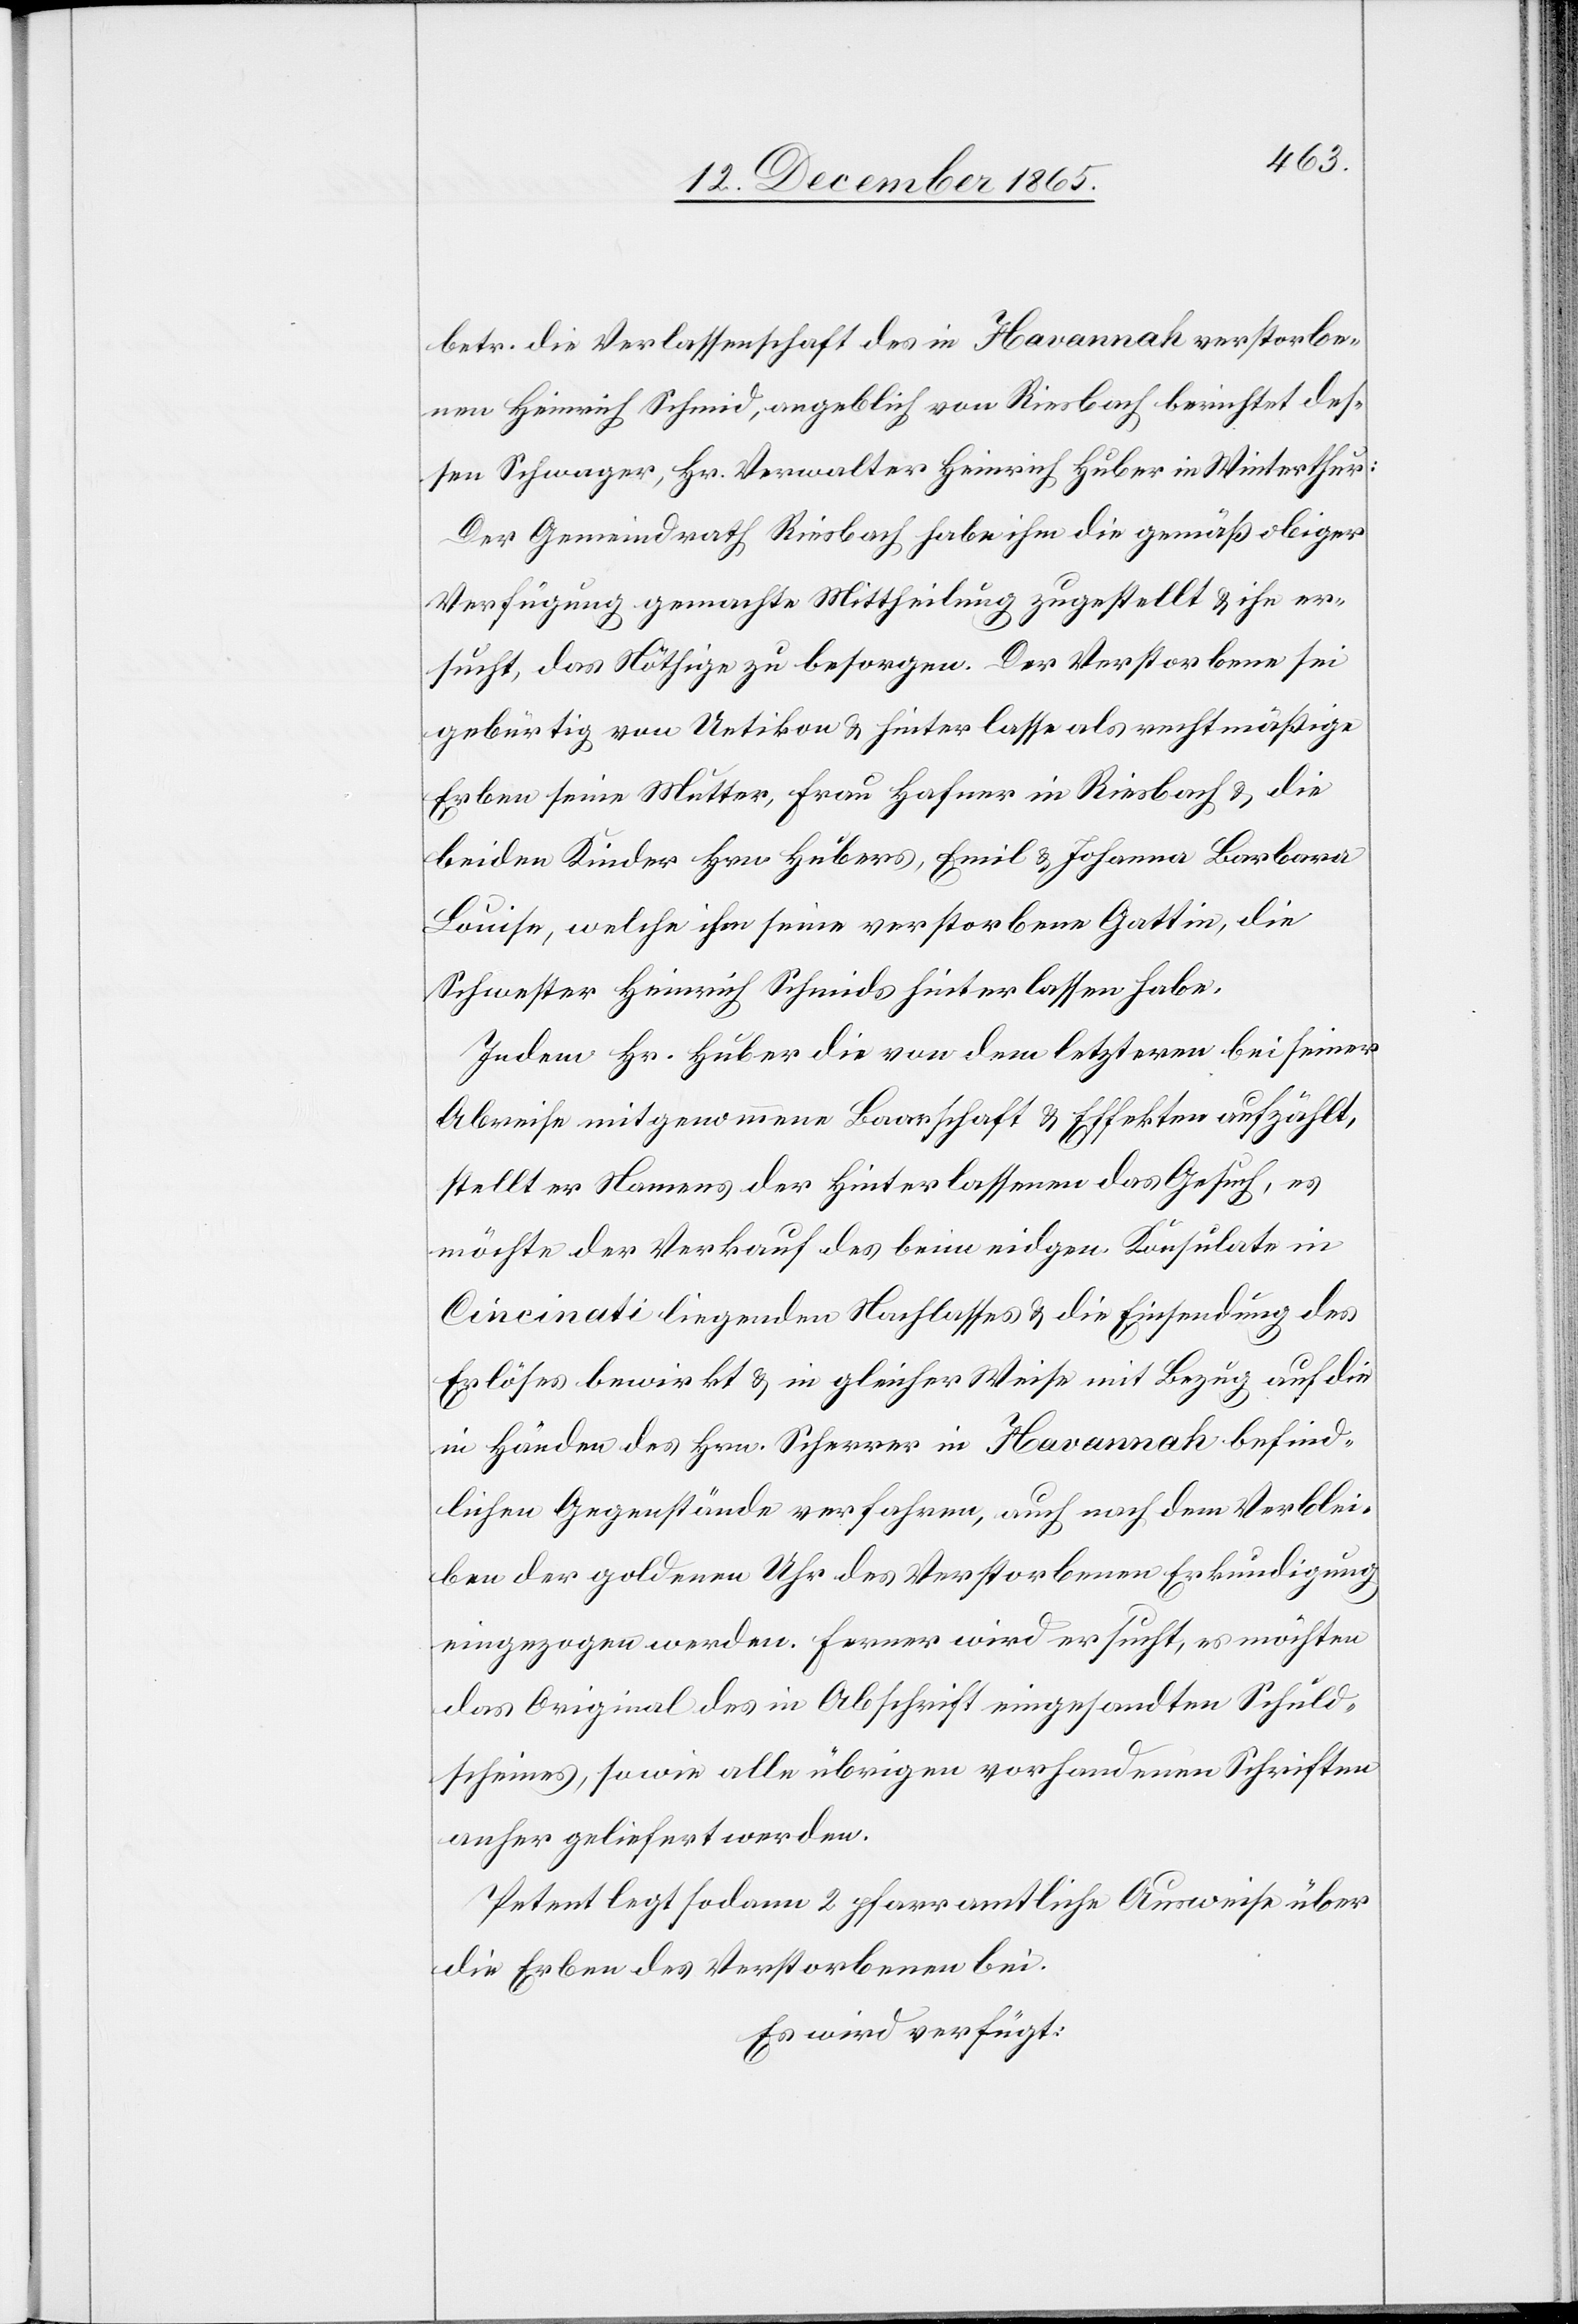
betr. die Verlassenschaft des in Havannah verstorbe¬
nen Heinrich Schmid, angeblich von Riesbach berichtete des¬
sen Schwager, Hr. Verwalter Heinrich Huber in Winterthur:
Der Gemeindrath Riesbach habe ihm die gemäß obiger
Verfügung gemachte Mittheilung zugestellt & ihn er¬
sucht, das Nöthige zu besorgen. Der Verstorbene sei
gebürtig von Uetikon & hinterlasse als rechtmäßige
Erben seine Mutter, Frau Hafner in Riesbach & die
beiden Kinder Frau Hubers, Emil & Johanna Barbara
Luise, welche ihm seine verstorbene Gattin, die
Schwester Heinrich Schmids hinterlassen habe.
Indem Hr. Huber die von dem letztern bei seiner
Abreise mitgenommene Baarschaft & Effekten aufzählt,
stellt er Namens der Hinterlassenen das Gesuch, es
möchte der Verkauf des beim eidgen. Konsulate in
Cincinati liegenden Nachlasses & die Einsendung des
Erlöses bewirkt & in gleicher Weise mit Bezug auf die
in Händen des Hrn. Scherrer in Havannah befind¬
lichen Gegenstände verfahren, auch nach dem Verblei¬
ben der goldenen Uhr des Verstorbenen Erkundigung
eingezogen werden. Ferner wird ersucht, es möchten
das Original des in Abschrift eingesandten Schuld¬
scheines, sowie alle übrigen vorhandenen Schriften
anher geliefert werden.
Petent legt sodann zwei pfarramtliche Ausweise über
die Erben des Verstorbenen bei.
Es wird verfügt: